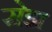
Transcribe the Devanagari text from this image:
सेझ